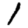
Digit: 1